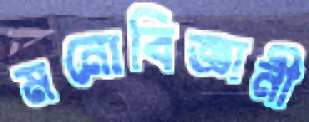
মনোবিজ্ঞানী